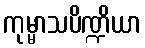
ကုမ္မာသပိဏ္ဍိယာ